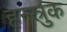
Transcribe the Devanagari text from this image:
हन्स्रुक